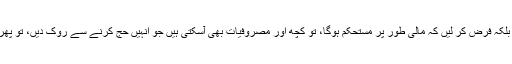
2- آپکو آئندہ سال حج کے بارے میں یقین نہیں ہے کہ کیا مالی طور پر میرا خاوند مستحکم ہوگا یا نہیں، بلکہ فرض کر لیں کہ مالی طور پر مستحکم ہوگا، تو کچھ اور مصروفیات بھی آسکتی ہیں جو انہیں حج کرنے سے روک دیں، تو پھر عمرہ جس مقصد سے مؤخر کیا تھا وہ بھی فوت ہوجائے گا اور عمرہ کرنے کا موقع بھی جاتا رہے گا۔